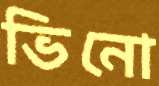
ভিনো